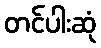
တင်ပါးဆုံ